Source: Computer-generated
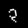
Digit: ၃ (3)